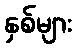
နှစ်များ